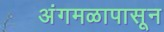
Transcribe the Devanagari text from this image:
अंगमळापासून